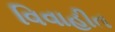
વિવાહીત